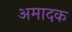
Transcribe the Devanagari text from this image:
अमादक